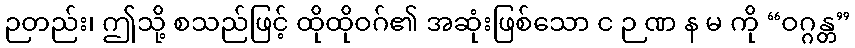
ဉတည်း၊ ဤသို့ စသည်ဖြင့် ထိုထိုဝဂ်၏ အဆုံးဖြစ်သော င ဉ ဏ န မ ကို “ဝဂ္ဂန္တ”